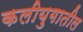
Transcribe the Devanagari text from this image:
कलीयुगातील